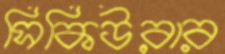
সিকিউরার